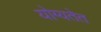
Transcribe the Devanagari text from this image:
योग्यतेत